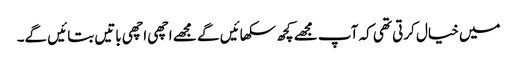
میں خیال کرتی تھی کہ آپ مجھے کچھ سکھائیں گے مجھے اچھی اچھی باتیں بتائیں گے۔